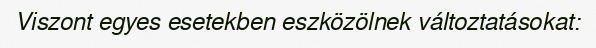
Viszont egyes esetekben eszközölnek változtatásokat: